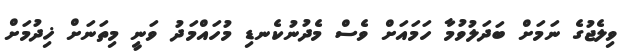
ވިލެޖުގެ ނަމަށް ބަދަލުވުމާ ހަމައަށް ވެސް މެދުނުކެނޑި މުހައްމަދު ވަނީ މިތަނަށް ޚިދުމަށް